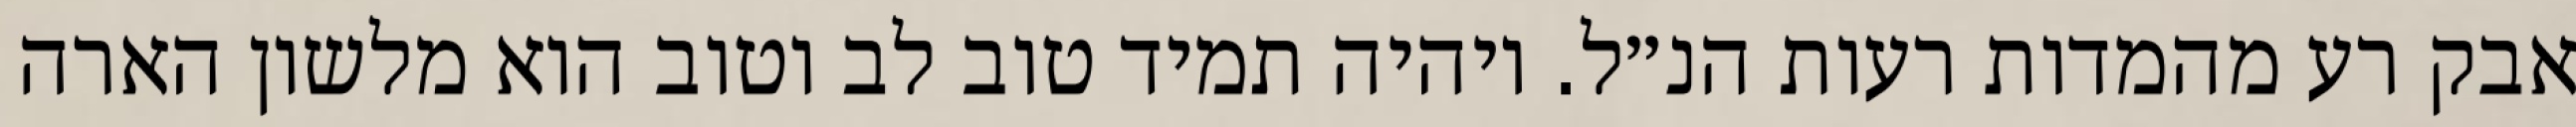
אבק רע מהמדות רעות הנ״ל. ויהיה תמיד טוב לב וטוב הוא מלשון הארה